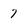
Character: 7